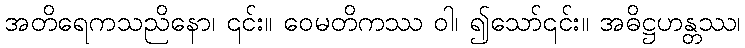
အတိရေကသညိနော၊ ၎င်း။ ဝေမတိကဿ ဝါ၊ ၍သော်၎င်း။ အဓိဋ္ဌဟန္တဿ၊